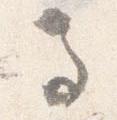
馬